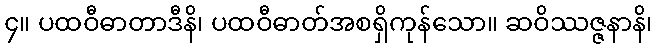
၄။ ပထဝီဓာတာဒီနိ၊ ပထဝီဓာတ်အစရှိကုန်သော။ ဆဝိဿဇ္ဇနာနိ၊